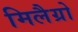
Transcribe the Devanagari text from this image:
मिलैग्रो